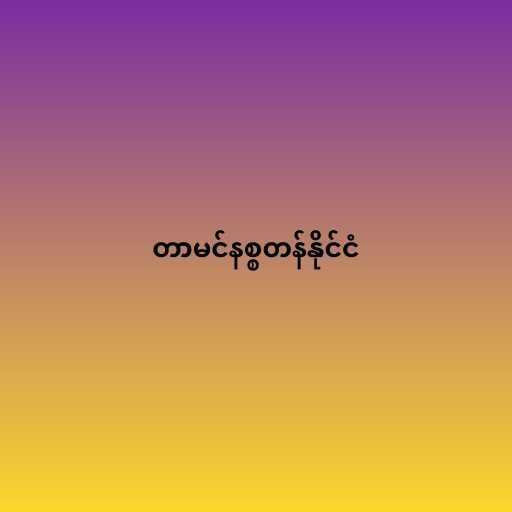
တာမင်နစ္စတန်နိုင်ငံ